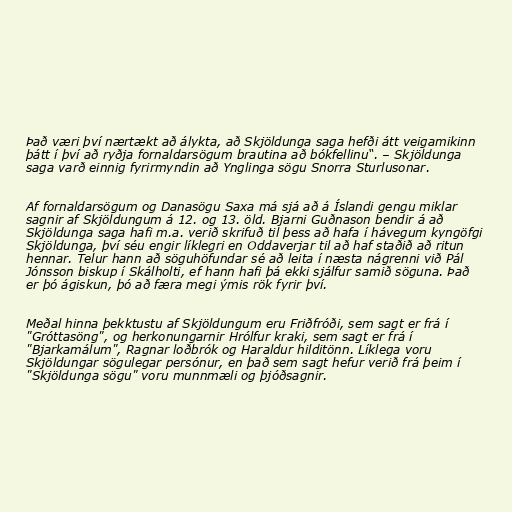
Það væri því nærtækt að álykta, að Skjöldunga saga hefði átt veigamikinn
þátt í því að ryðja fornaldarsögum brautina að bókfellinu“. – Skjöldunga
saga varð einnig fyrirmyndin að Ynglinga sögu Snorra Sturlusonar.

Af fornaldarsögum og Danasögu Saxa má sjá að á Íslandi gengu miklar
sagnir af Skjöldungum á 12. og 13. öld. Bjarni Guðnason bendir á að
Skjöldunga saga hafi m.a. verið skrifuð til þess að hafa í hávegum kyngöfgi
Skjöldunga, því séu engir líklegri en Oddaverjar til að haf staðið að ritun
hennar. Telur hann að söguhöfundar sé að leita í næsta nágrenni við Pál
Jónsson biskup í Skálholti, ef hann hafi þá ekki sjálfur samið söguna. Það
er þó ágiskun, þó að færa megi ýmis rök fyrir því.

Meðal hinna þekktustu af Skjöldungum eru Friðfróði, sem sagt er frá í
"Gróttasöng", og herkonungarnir Hrólfur kraki, sem sagt er frá í
"Bjarkamálum", Ragnar loðbrók og Haraldur hilditönn. Líklega voru
Skjöldungar sögulegar persónur, en það sem sagt hefur verið frá þeim í
"Skjöldunga sögu" voru munnmæli og þjóðsagnir.